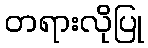
တရားလိုပြု